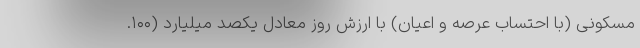
مسکونی (با احتساب عرصه و اعیان) با ارزش روز معادل یکصد میلیارد (۱۰۰.